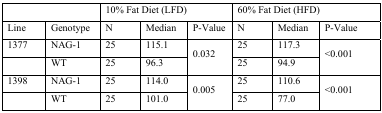
<table><thead><tr><td colspan="2"></td><td colspan="3"><b>10% Fat Diet (LFD)</b></td><td colspan="3"><b>60% Fat Diet (HFD)</b></td></tr><tr><td><b>Line</b></td><td><b>Genotype</b></td><td><b>N</b></td><td><b>Median</b></td><td><b>P-Value</b></td><td><b>N</b></td><td><b>Median</b></td><td><b>P-Value</b></td></tr></thead><tbody><tr><td>1377</td><td>NAG-1</td><td>25</td><td>115.1</td><td rowspan="2">0.032</td><td>25</td><td>117.3</td><td rowspan="2">&lt;0.001</td></tr><tr><td></td><td>WT</td><td>25</td><td>96.3</td><td>25</td><td>94.9</td></tr><tr><td>1398</td><td>NAG-1</td><td>25</td><td>114.0</td><td rowspan="2">0.005</td><td>25</td><td>110.6</td><td rowspan="2">&lt;0.001</td></tr><tr><td></td><td>WT</td><td>25</td><td>101.0</td><td>25</td><td>77.0</td></tr></tbody></table>